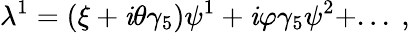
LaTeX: \lambda^{1}=(\xi+\mathit{i}\theta\gamma_{5})\psi^{1}+\mathit{i}\varphi\gamma_{5}\psi^{2}+...\ ,\,